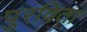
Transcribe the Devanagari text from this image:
पुरविता